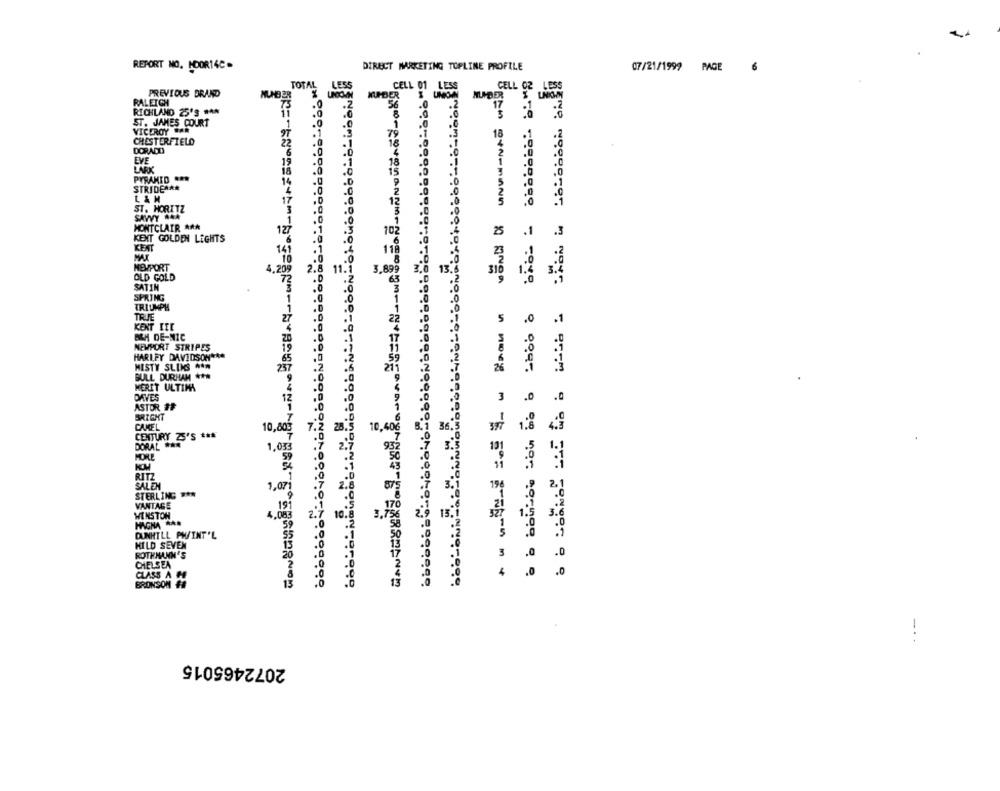
REPORT NO. NOOR14C.
DIRECT MARKETING TOPLINE PROFILE
07/21/1999 PAGE
6
TOTAL LESS
PREVIOUS BRAND
NUMBER
NUMBER
CELL 02 LESS
RALEIGH
.2
.2
RICHLAND 25'S ***
11
.0
.0
ST. JAMES COURT
.0
VICEROY CAR
CHESTERFIELD
22
DORADO
EVE
6
19
LARK
18
PYRAMID ...
14
.0
.D
STRIDE ***
.0
L& H
17
.0
.0
SAVVY AAA
ST. MORITZ
.0
3
,0
MONTCLAIR ***
12
.0
102
KEXT GOLDEN LIGHTS
.3
25
.1
.3
KENT
.0
118
NEWPORT
4,20g
2.8
11.
3.89
OLD GOLD
.0
310
SATIN
: 2
SPRING
.0
TRIUMPH
1
TRUE
5
.0
.1
KENT IIC
B&H DE-NIC
NEWPORT STRIPES
HARLEY DAVIDSON ***
MISTY SLIKS HAN
237
26
GULL DURHAM ***
MERIT ULTIMA
DAVES
3
.0
.0
ASTOR ##
BRIGHT
CAKEL
10,809
36.3
CENTURY 25'S ***
10,406
DORAL ** R
3.5
1.05
93
RITZ
196
2.1
SALEN
1,07
STERLING ***
VANTAGE
19
10
WINSTON
4. 00€
13.1
HAAGNA ***
10.
3,75
DUNHILL PW/INT'L
HILD SEVEN
ROTHMANN'S
3
CHELSEA
.0
CLASS A
BRONSON #2
13
-..
2072465015